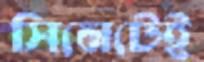
সিনেটেই